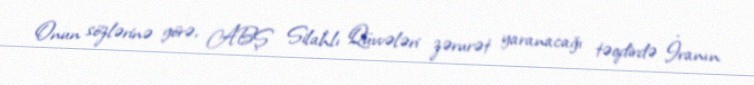
Onun sözlərinə görə, ABŞ Silahlı Qüvvələri zərurət yaranacağı təqdirdə İranın